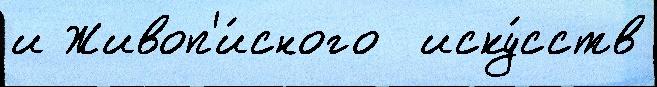
и Живоп'и́сного  иску́сств